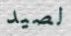
لصيد